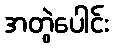
အတွဲပေါင်း